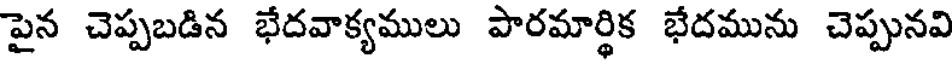
పైన చెప్పబడిన భేదవాక్యములు పారమార్థిక భేదమును చెప్పునవి